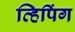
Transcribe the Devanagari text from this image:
व्हिपिंग